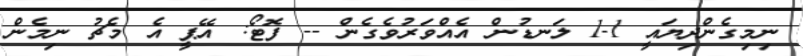
ނިމިގެންދިޔައީ 1-1 ލަނޑުން އެއްވަރުވެގެން -- ފޮޓޯ: އޭޕީ އެ މެޗު ނިމެން